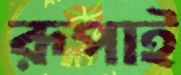
রূপাই